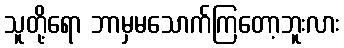
သူတို့ရော ဘာမှမသောက်ကြတော့ဘူးလား